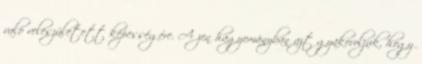
való veleszületett képességére. A zen hagyományban azt gyakoroljuk, hogy